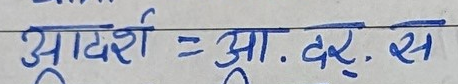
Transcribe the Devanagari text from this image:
आदर्श = आ. दर्स